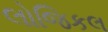
લોજિકલ